Report on the cultivation and use of ganja
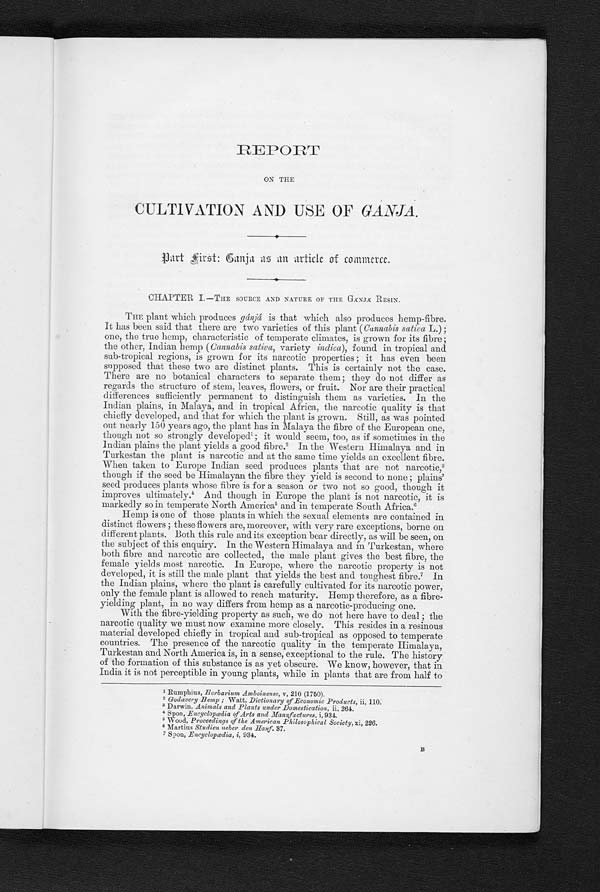
REPORT
ON THE
CULTIVATION AND USE OF GÁNJÁ
.
Part first: Ganja as an article of commerce.
CHAPTER I.—THE SOURCE AND NATURE OF THE GÁNJÁ RESIN.
THE plant which produces gánjá is that which also produces hemp-fibre.
It has been said that there are two varieties of this plant (Cannabis sativa L.) ;
one, the true hemp, characteristic of temperate climates, is grown for its fibre ;
the other, Indian hemp ( Cannabis sativa, variety indica), found in tropical and.
sub-tropical regions, is grown for its narcotic properties ; it has even been
supposed that these two are distinct plants. This is certainly not the case.
There are no botanical characters to separate them; they do not differ as
regards the structure of stem, leaves, flowers, or fruit. Nor are their practical
differences sufficiently permanent to distinguish them as varieties. In the
Indian plains, in Malaya, and in tropical Africa, the narcotic quality is that
chiefly developed, and that for which the plant is grown. Still, as was pointed
out nearly 150 years ago, the plant has in Malaya the fibre of the European one,
though not so strongly developed' ; it would seem, too, as if sometimes in the
Indian plains the plant yields a good fibre.2 " I n t h e W e s t e r n H i m a l a y a a n d i n
Turkestan the plant is narcotic and at the same time yields an excellent fibre.
When taken to Europe Indian seed produces plants that are not narcotic, 3
though if the seed be Himalayan the fibre they yield is second to none ; plains'
seed. produces plants whose fibre is for a season or two not so good, though it
improves ultimately.4 A n d . t h o u g h i n E u r o p e t h e p l a n t i s n o t n a r c o t i c , i t i s
markedly so in temperate North America 5 a n d i n t e m p e r a t e S o u t h A f r i c a .6
Hemp is one of those plants in which the sexual elements are contained in
distinct flowers ; these flowers are, moreover, with very rare exceptions, borne on
different plants. Both this rule and its exception bear directly, as will be seen, on
the subject of this enquiry. In the Western Himalaya and in Turkestan, where
both fibre and narcotic are collected, the male plant gives the best fibre, the
female yields most narcotic. In Europe, where the narcotic property is not
developed, it is still the male plant that yields the best and toughest fibre. 7 I n
the Indian plains, where the plant is carefully cultivated for its narcotic power,
only the female plant is allowed to reach maturity. Hemp therefore, as a fibre-
yielding plant, in no way differs from hemp as a narcotic-producing one.
With the fibre-yielding property as such, we do not here have to deal ; the
narcotic quality we must now examine more closely. This resides in a resinous
material developed chiefly in tropical and sub-tropical as opposed to temperate
countries. The presence of the narcotic quality in the temperate Himalaya,
Turkestan and North America is, in a sense, exceptional to the rule. The history
of the formation of this substance is as yet obscure. We know, however, that in
India it is not perceptible in young plants, while in plants that are from half to
1 Rumphius, Herbarium Amboinense, v, 210 (1760).
2 G o d a v e r y B e m p ; W a t t , D i c t i o n a r y o f E c o n o m i c P r o d u c t s , i i , 110.
3 Darwin, Animals and Plants under Domestication, ii, 264.
4 S p o n , E n c y c l o p œ d i a o f A r t s a n d M a n u f a c t u r e s , i , 9 3 4 .
5Wo o d , Pr oceedi ngs of t he Amer i can Phi l os ophi cal Soci et y, xi , 226.
6 Martius Studien ueber den Hanf. 37.
7 Spon, Encyclopœdia, i, 934.